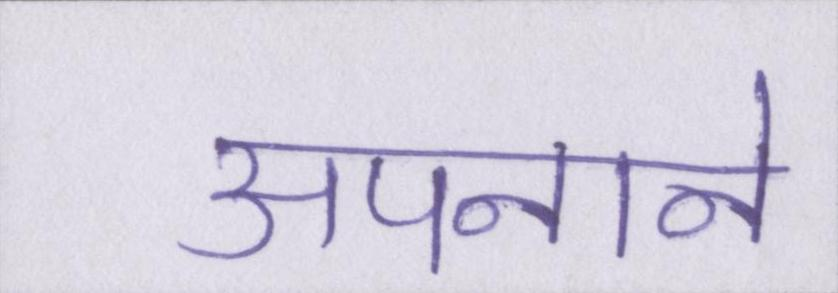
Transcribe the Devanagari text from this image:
अपनाने